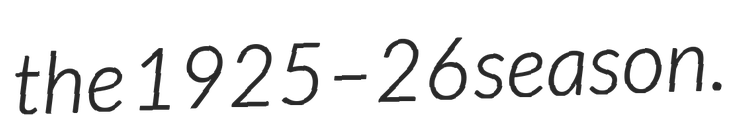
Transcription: the 1925–26 season.